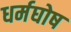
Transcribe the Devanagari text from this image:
धर्मघोष